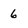
Character: 6